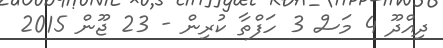
ދިއްދޫ 4 މަސް 3 ހަފްތާ ކުރިން - 23 ޖޫން 2015